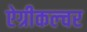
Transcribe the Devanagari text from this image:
ऐग्रीकल्चर